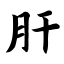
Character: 肝